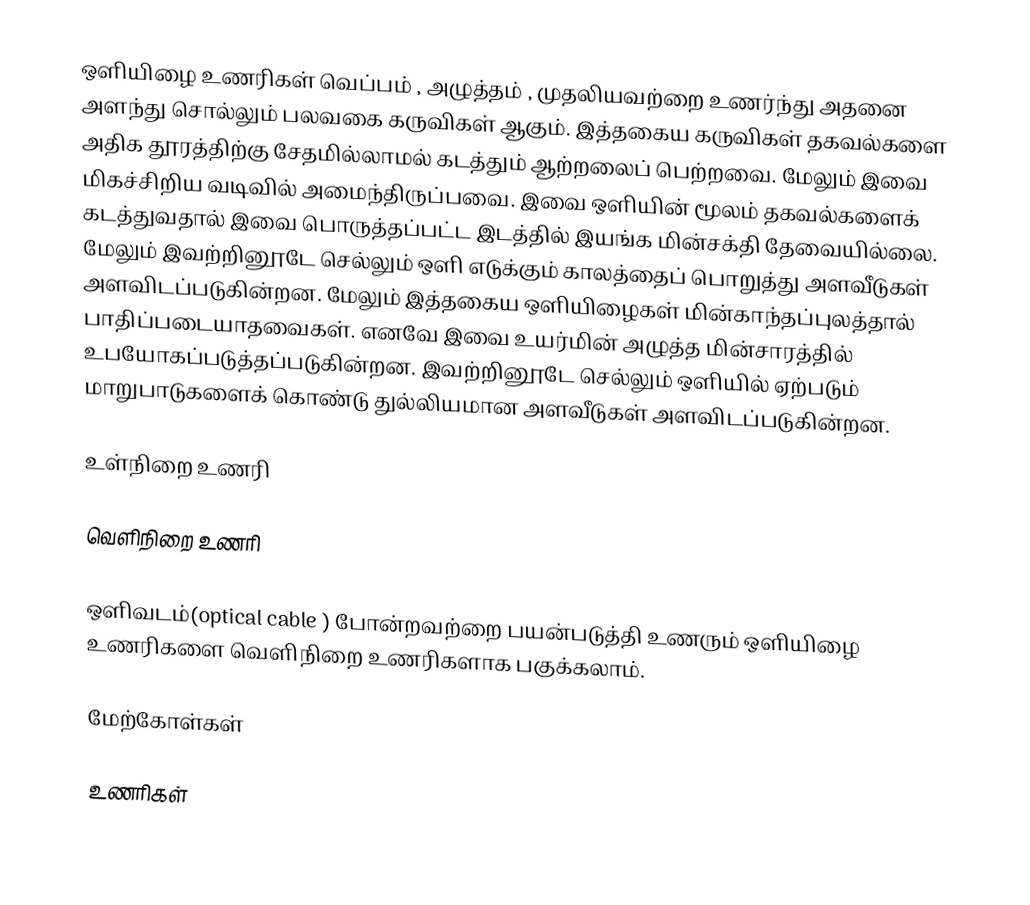
ஒளியிழை உணரிகள் வெப்பம் , அழுத்தம் , முதலியவற்றை உணர்ந்து அதனை அளந்து சொல்லும் பலவகை கருவிகள் ஆகும். இத்தகைய கருவிகள் தகவல்களை அதிக தூரத்திற்கு சேதமில்லாமல் கடத்தும் ஆற்றலைப் பெற்றவை. மேலும் இவை மிகச்சிறிய வடிவில் அமைந்திருப்பவை. இவை ஒளியின் மூலம் தகவல்களைக் கடத்துவதால் இவை பொருத்தப்பட்ட இடத்தில்  இயங்க மின்சக்தி தேவையில்லை. மேலும் இவற்றினூடே செல்லும் ஒளி எடுக்கும் காலத்தைப் பொறுத்து அளவீடுகள் அளவிடப்படுகின்றன. மேலும் இத்தகைய ஒளியிழைகள் மின்காந்தப்புலத்தால் பாதிப்படையாதவைகள். எனவே இவை உயர்மின் அழுத்த மின்சாரத்தில் உபயோகப்படுத்தப்படுகின்றன. இவற்றினூடே செல்லும் ஒளியில் ஏற்படும் மாறுபாடுகளைக் கொண்டு துல்லியமான அளவீடுகள் அளவிடப்படுகின்றன.

உள்நிறை உணரி

வெளிநிறை உணரி

ஒளிவடம்(optical cable ) போன்றவற்றை பயன்படுத்தி உணரும் ஒளியிழை உணரிகளை வெளிநிறை உணரிகளாக பகுக்கலாம்.

மேற்கோள்கள்

உணரிகள்